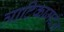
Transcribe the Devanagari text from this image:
त्राटिकामर्दन